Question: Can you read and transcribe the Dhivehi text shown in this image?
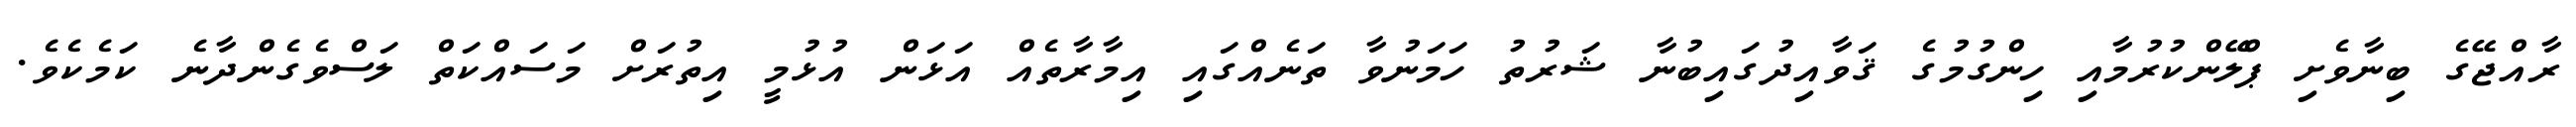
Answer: ރާއްޖޭގެ ބިނާވެށި ޕްލޭންކުރުމާއި ހިންގުމުގެ ޤަވާއިދުގައިބުނާ ޝަރުތު ހަމަނުވާ ތަނެއްގައި އިމާރާތެއް އަޅަން އުޅުމީ އިތުރަށް މަސައްކަތް ލަސްވެގެންދާނެ ކަމެކެވެ.